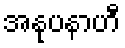
အနုပနာဟီ